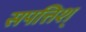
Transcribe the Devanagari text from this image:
सपत्तिश्